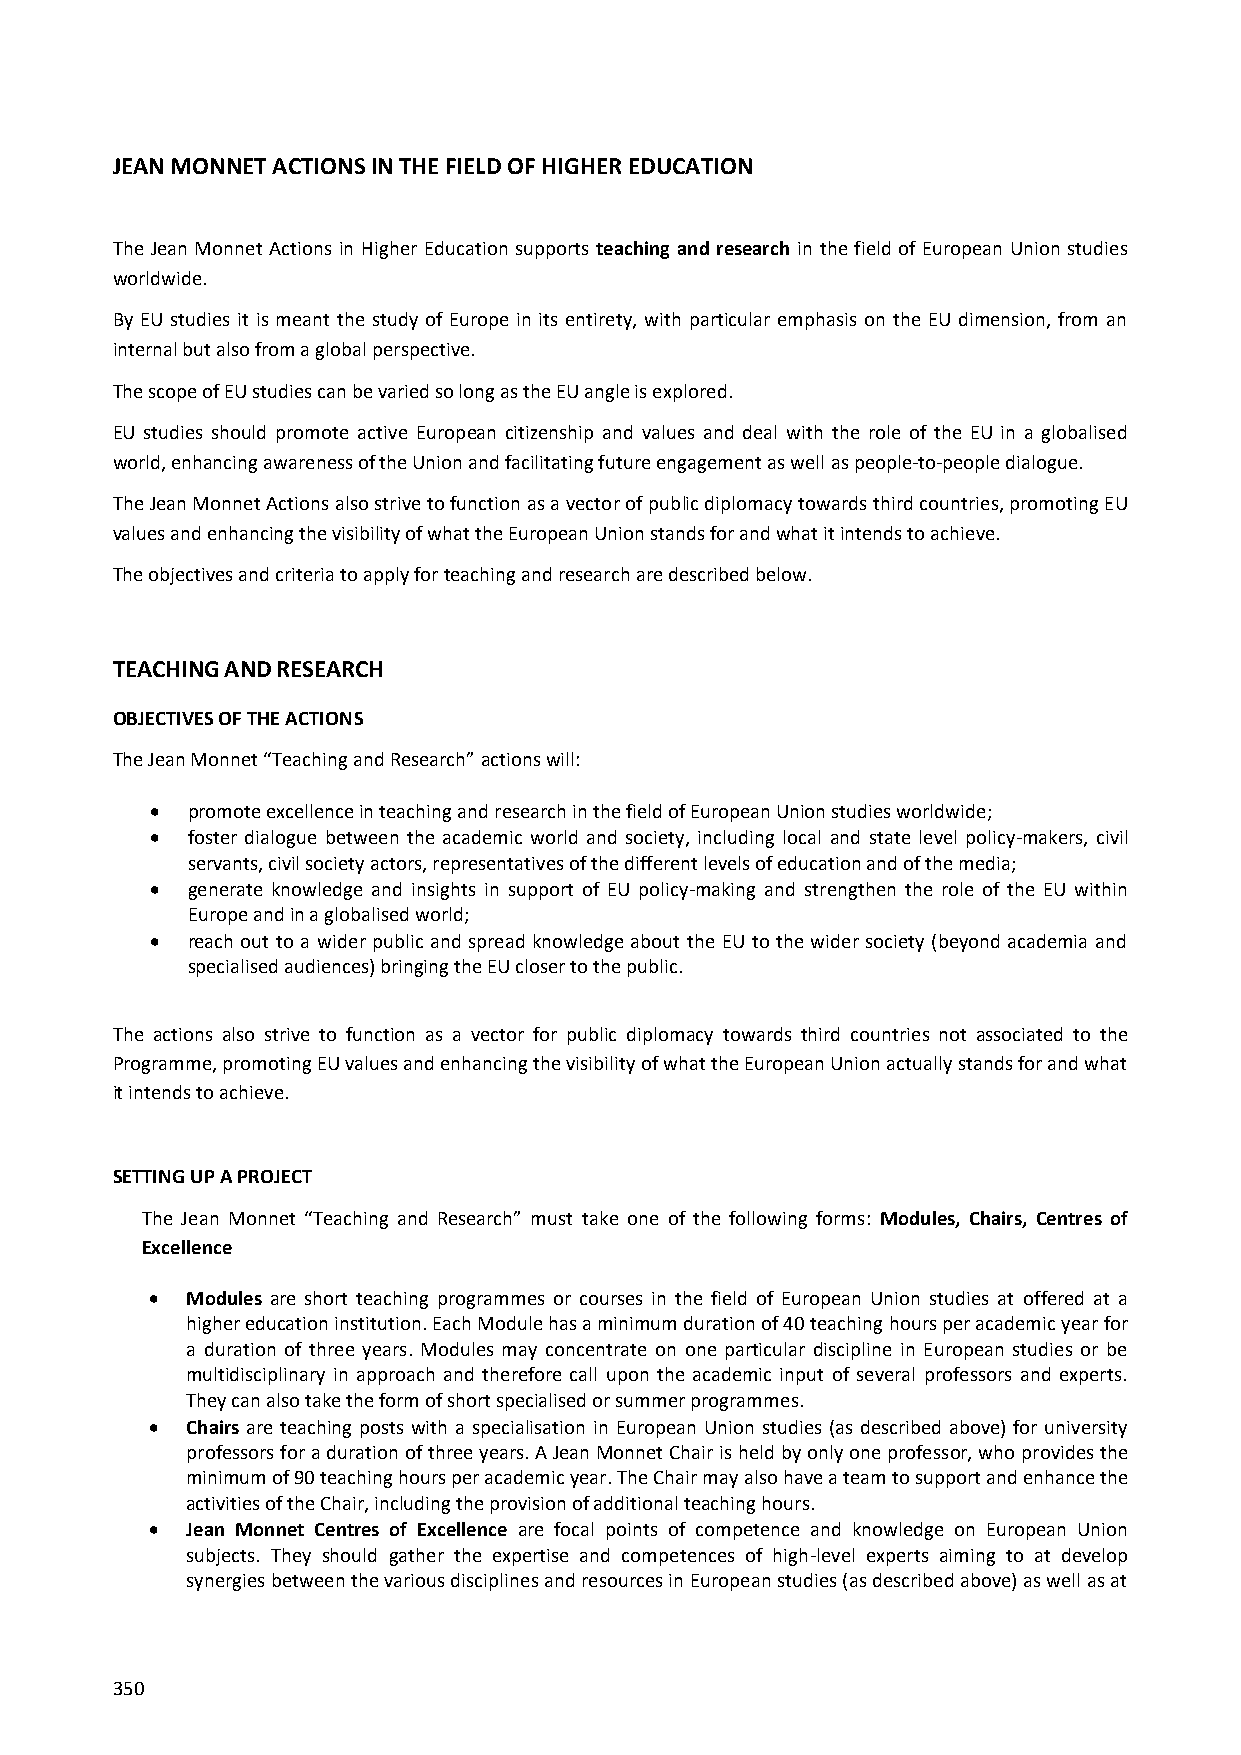
JEAN MONNET ACTIONS IN THE FIELD OF HIGHER EDUCATION
 The Jean Monnet Actions in Higher Education supports teaching and research in the field of European Union studies
 worldwide.
 By EU studies it is meant the study of Europe in its entirety, with particular emphasis on the EU dimension, from an
 internal but also from a global perspective.
 The scope of EU studies can be varied so long as the EU angle is explored.
 EU studies should promote active European citizenship and values and deal with the role of the EU in a globalised
 world, enhancing awareness of the Union and facilitating future engagement as well as people-to-people dialogue.
 The Jean Monnet Actions also strive to function as a vector of public diplomacy towards third countries, promoting EU
 values and enhancing the visibility of what the European Union stands for and what it intends to achieve.
 The objectives and criteria to apply for teaching and research are described below.
 TEACHING AND RESEARCH
 OBJECTIVES OF THE ACTIONS
 The Jean Monnet “Teaching and Research” actions will:
  promote excellence in teaching and research in the field of European Union studies worldwide;
  foster dialogue between the academic world and society, including local and state level policy-makers, civil
 servants, civil society actors, representatives of the different levels of education and of the media;
  generate knowledge and insights in support of EU policy-making and strengthen the role of the EU within
 Europe and in a globalised world;
  reach out to a wider public and spread knowledge about the EU to the wider society (beyond academia and
 specialised audiences) bringing the EU closer to the public.
 The actions also strive to function as a vector for public diplomacy towards third countries not associated to the
 Programme, promoting EU values and enhancing the visibility of what the European Union actually stands for and what
 it intends to achieve.
 SETTING UP A PROJECT
 The Jean Monnet “Teaching and Research” must take one of the following forms: Modules, Chairs, Centres of
 Excellence
  Modules are short teaching programmes or courses in the field of European Union studies at offered at a
 higher education institution. Each Module has a minimum duration of 40 teaching hours per academic year for
 a duration of three years. Modules may concentrate on one particular discipline in European studies or be
 multidisciplinary in approach and therefore call upon the academic input of several professors and experts.
 They can also take the form of short specialised or summer programmes.
  Chairs are teaching posts with a specialisation in European Union studies (as described above) for university
 professors for a duration of three years. A Jean Monnet Chair is held by only one professor, who provides the
 minimum of 90 teaching hours per academic year. The Chair may also have a team to support and enhance the
 activities of the Chair, including the provision of additional teaching hours.
  Jean Monnet Centres of Excellence are focal points of competence and knowledge on European Union
 subjects. They should gather the expertise and competences of high-level experts aiming to at develop
 synergies between the various disciplines and resources in European studies (as described above) as well as at
 350